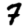
Digit: 7